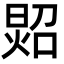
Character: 㷖